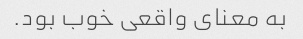
به معنای واقعی خوب بود.